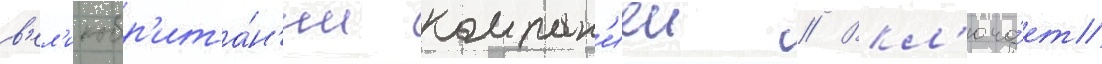
в'ел'икобр'ита́н'ии компан'иеи // Вкл'юча́ет